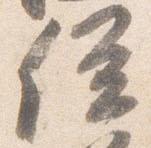
位